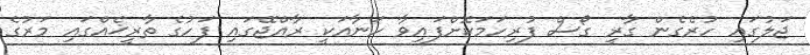
ޖަލުގައި ހުރެގެން ގާރީ ގޯސް ފުރިހަމަކޮށްފައިވާ ހަނާއަކީ ރާއްޖޭގައި ފަހުގެ ތާރީޚެއްގައި މަރުގެ